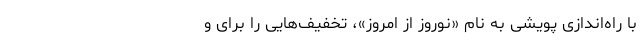
با راه‌اندازی پویشی به نام «نوروز از امروز»، تخفیف‌هایی را برای و